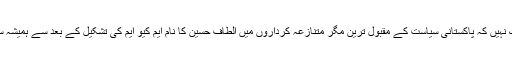
اس میں کوئی شک نہیں کہ پاکستانی سیاست کے مقبول ترین مگر متنازعہ کرداروں میں الطاف حسین کا نام ایم کیو ایم کی تشکیل کے بعد سے ہمیشہ سرفہرست رہا ہے۔